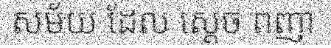
សម័យ ដែល ស្តេច ពញា